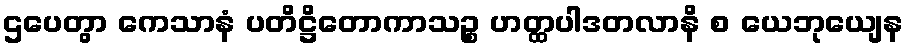
ဌပေတွာ ကေသာနံ ပတိဋ္ဌိတောကာသဉ္စ ဟတ္ထပါဒတလာနိ စ ယေဘုယျေန